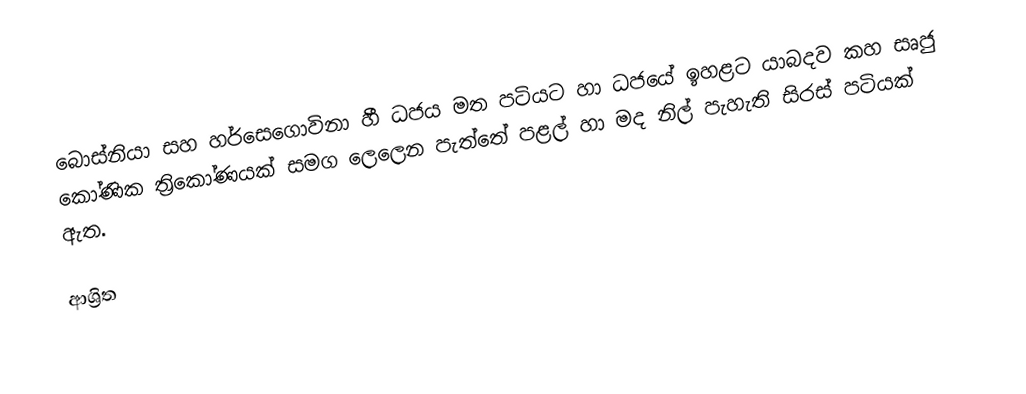
බොස්නියා සහ හර්සෙගොවිනා හී  ධජය මත පටියට හා ධජයේ ඉහළට යාබදව කහ සෘජු කෝණික ත්‍රිකෝණයක් සමග ලෙලෙන පැත්තේ පළල් හා මද නිල් පැහැති සිරස් පටියක් ඇත.

ආශ්‍රිත